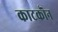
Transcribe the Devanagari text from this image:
काटकॊन